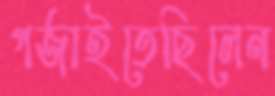
গর্জাইতেছিলেন